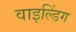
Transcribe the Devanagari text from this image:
वाइल्डिंग